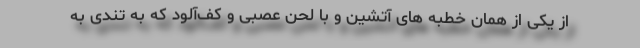
از یکی از همان خطبه های آتشین و با لحن عصبی و کف‌آلود که به تندی به